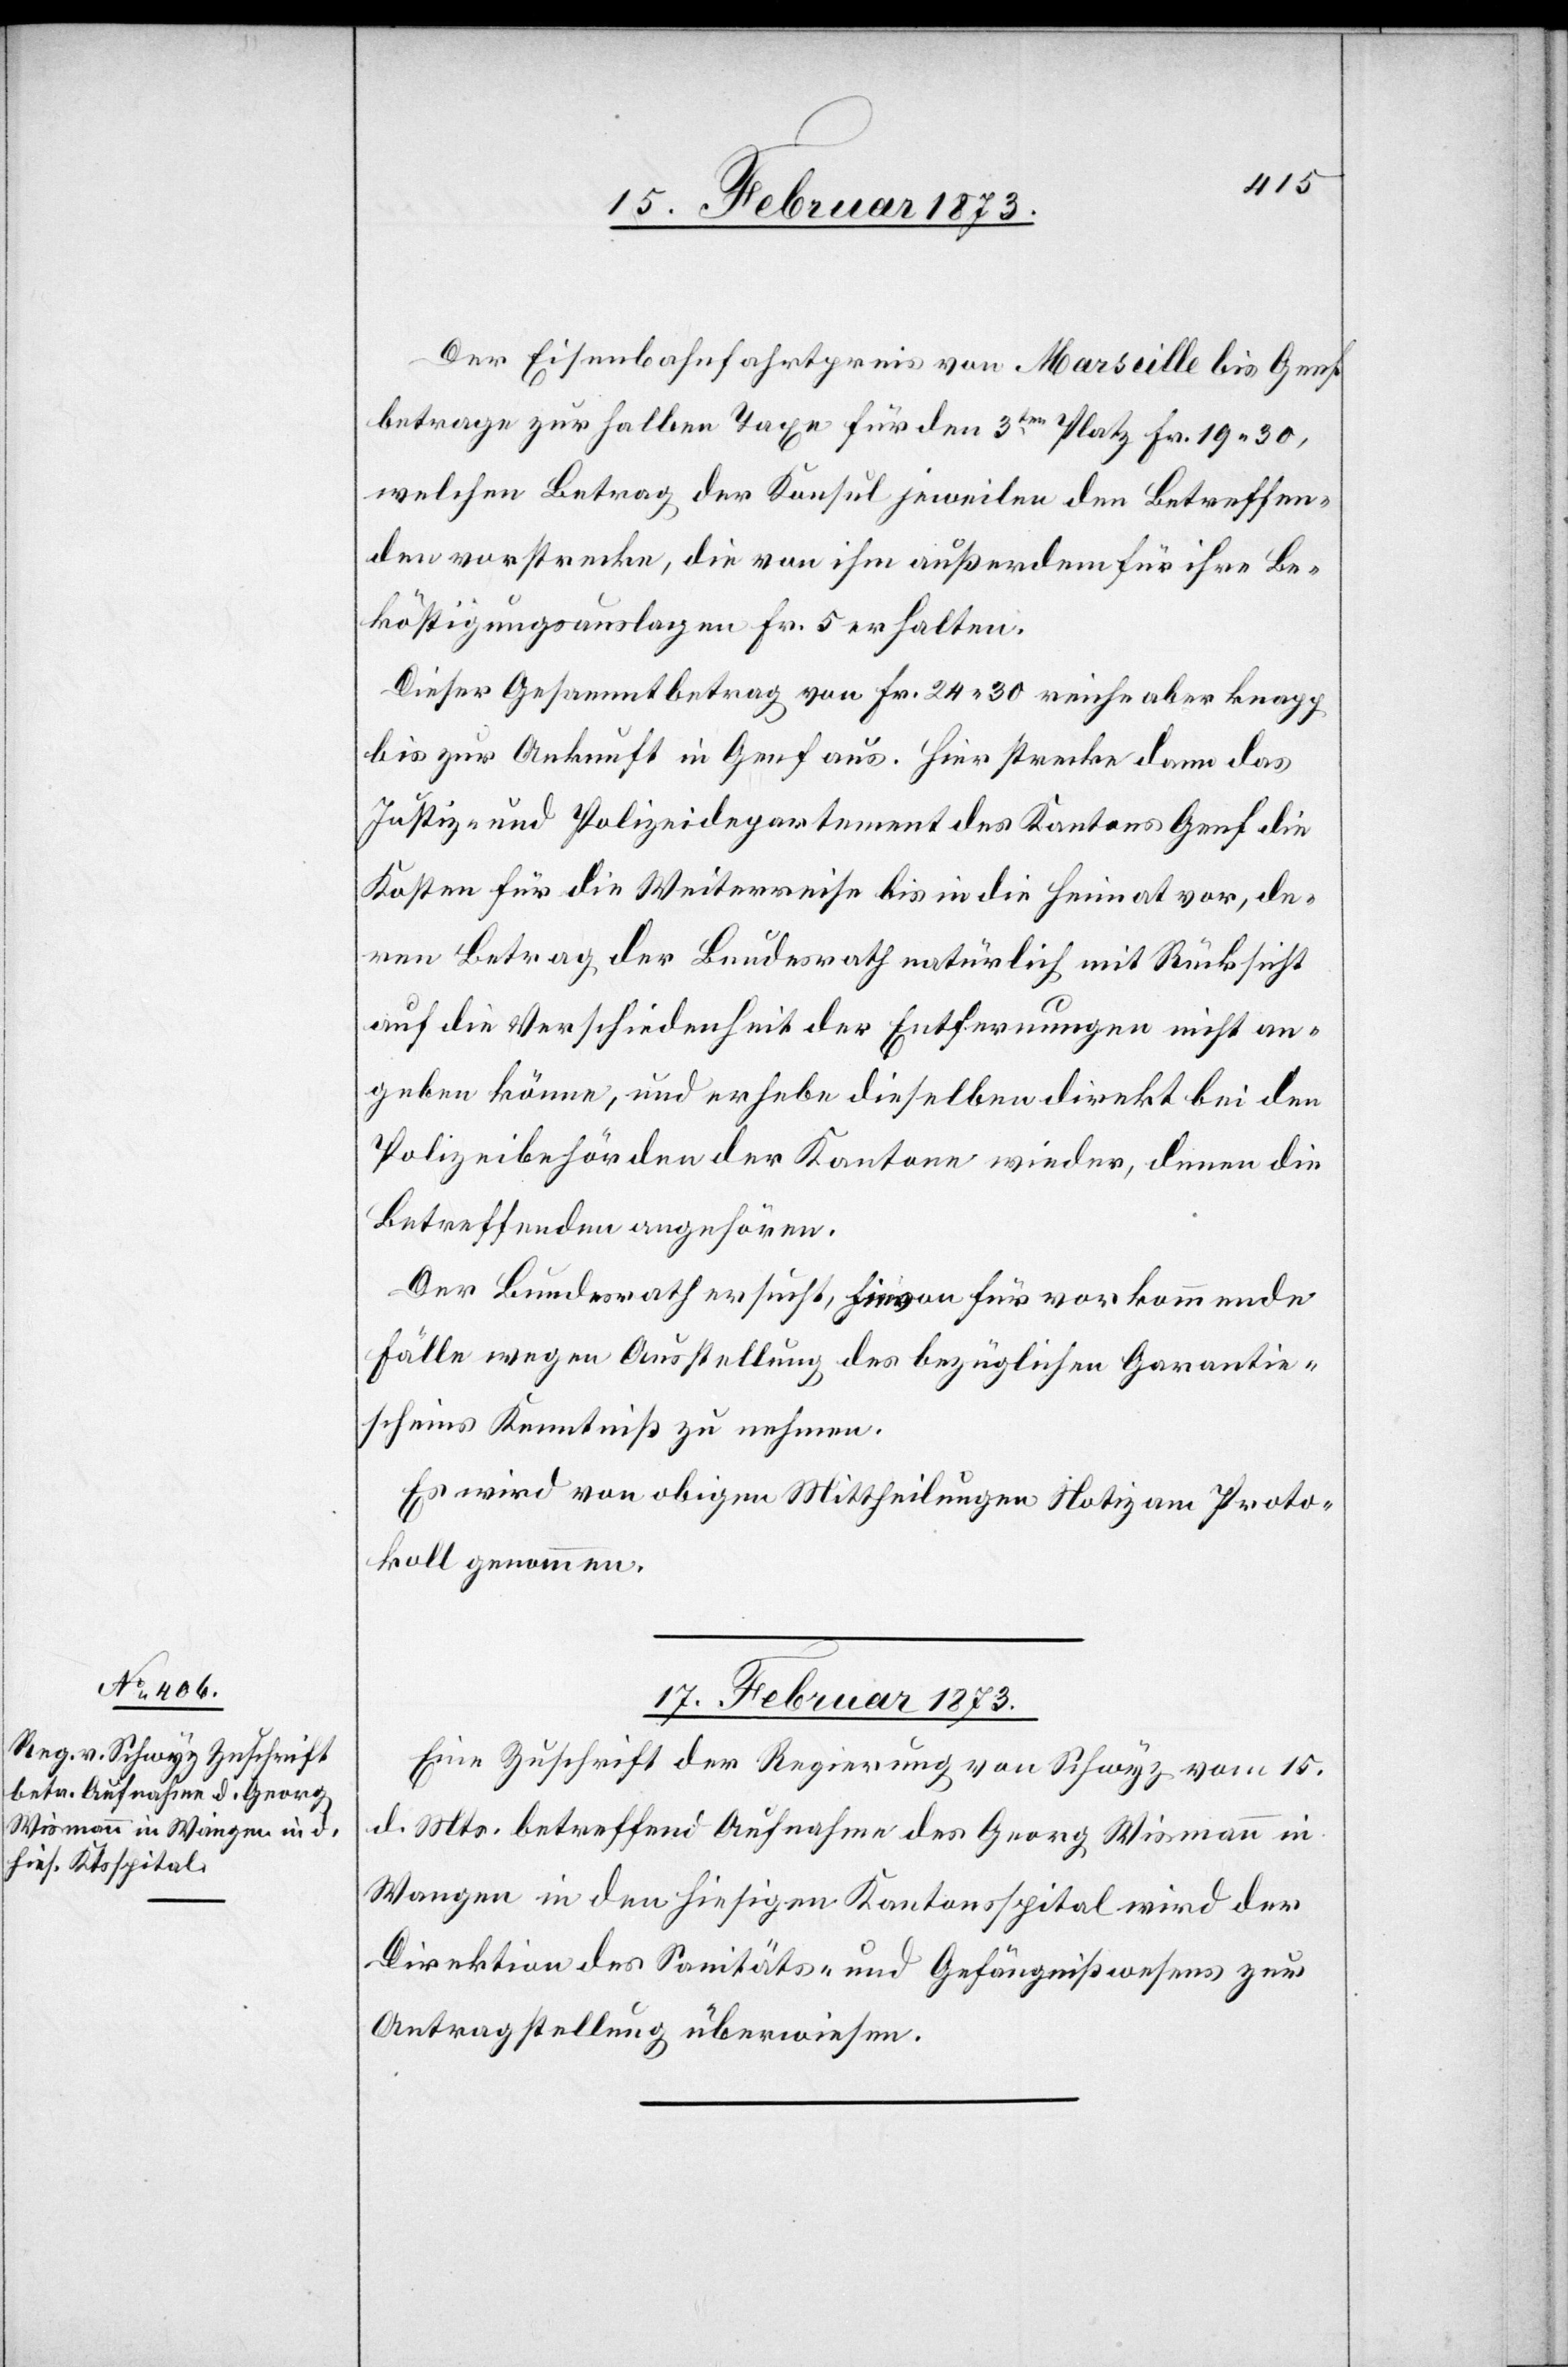
Der Eisenbahnfahrtpreis von Marseille bis Genf
betrage zur halben Taxe für den 3ten Platz Fr. 19.30,
welchen Betrag der Konsul jeweilen den Betreffen¬
den vorstrecke, die von ihm außerdem für ihre Be¬
köstigungsauslagen Fr. 5 erhalten.
Dieser Gesammtbetrag von Fr. 24.30 reiche aber knapp
bis zur Ankunft in Genf aus. Hier strecke dann das
Justiz- und Polizeidepartement des Kantons Genf die
Kosten für die Weiterreise bis in die Heimat vor, de¬
ren Betrag der Bundesrath natürlich mit Rücksicht
auf die Verschiedenheit der Entfernungen nicht an¬
geben könne, und erhebe dieselben direkt bei den
Polizeibehörden der Kantone wieder, denen die
Betreffenden angehören.
Der Bundesrath ersucht, hievon für vorkommende
Fälle wegen Ausstellung des bezüglichen Garantie¬
scheins Kenntniß zu nehmen.
Es wird von obigen Mittheilungen Notiz am Proto¬
koll genommen.
17. Februar 1873.
Eine Zuschrift der Regierung von Schwyz vom 15.
d. Mts. betreffend Aufnahme des Georg Wismann in
Wangen in den hiesigen Kantonsspital wird der
Direktion des Sanitäts- und Gefängnißwesens zur
Antragstellung überwiesen.